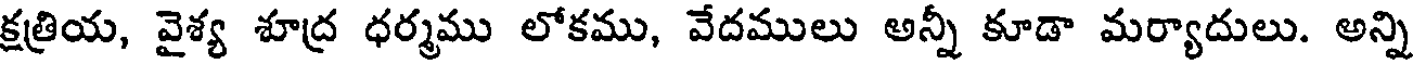
క్షత్రియ, వైశ్య శూద్ర ధర్మము లోకము, వేదములు అన్నీ కూడా మర్యాదులు. అన్ని